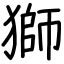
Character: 獅